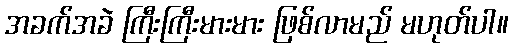
အခက်အခဲ ကြီးကြီးမားမား ဖြစ်လာမည် မဟုတ်ပါ။